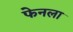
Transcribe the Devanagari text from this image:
फेनला